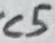
Text: C5